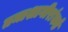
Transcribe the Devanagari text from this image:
तमाशागीरांकडे